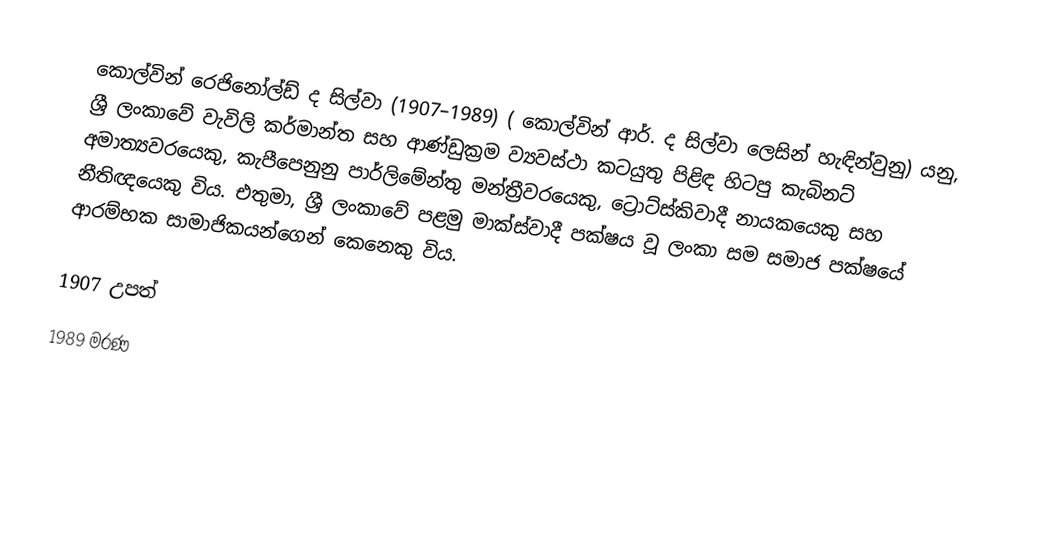
කොල්වින් රෙජිනෝල්ඩ් ද සිල්වා (1907–1989) ( කොල්වින් ආර්. ද සිල්වා ලෙසින් හැඳින්වුනු) යනු, ශ්‍රී ලංකාවේ වැවිලි කර්මාන්ත සහ ආණ්ඩුක්‍රම ව්‍යවස්ථා කටයුතු පිළිඳ හිටපු කැබිනට් අමාත්‍යවරයෙකු, කැපීපෙනුනු පාර්ලිමේන්තු මන්ත්‍රීවරයෙකු, ට්‍රොට්ස්කිවාදී නායකයෙකු සහ නීතිඥයෙකු විය. එතුමා, ශ්‍රී ලංකාවේ පළමු මාක්ස්වාදී පක්ෂය වූ  ලංකා සම සමාජ පක්ෂයේ ආරම්භක සාමාජිකයන්ගෙන් කෙනෙකු විය.

1907 උපත්
1989 මරණ